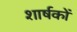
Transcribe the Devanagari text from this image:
शार्षकों